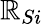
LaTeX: \mathbb{R}_{Si}